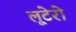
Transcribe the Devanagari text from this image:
लूटेरो